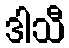
ဒါသီ